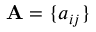
\mathbf { A } = \{ a _ { i j } \}